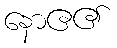
နောဧ၏